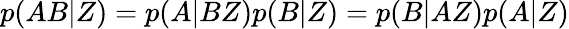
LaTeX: p(AB|Z)=p(A|BZ)p(B|Z)=p(B|AZ)p(A|Z)